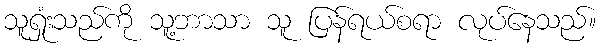
သူရှုံးသည်ကို သူ့ဘာသာ သူ ပြန်ရယ်စရာ လုပ်နေသည်။